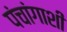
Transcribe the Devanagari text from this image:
पंचांगाशी